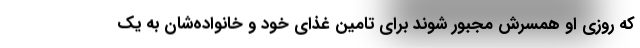
که روزی او همسرش مجبور شوند برای تامین غذای خود و خانواده‌شان به یک